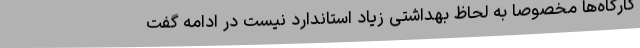
کارگاه‌ها مخصوصا به لحاظ بهداشتی زیاد استاندارد نیست در ادامه گفت